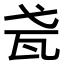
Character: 𤬩